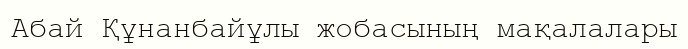
Абай Құнанбайұлы жобасының мақалалары